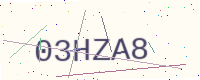
Text: 03HZA8